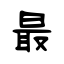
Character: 最